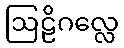
ဩဠိဂလ္လေ